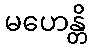
မဟေန္တိ